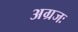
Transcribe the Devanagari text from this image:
अग्रजः